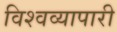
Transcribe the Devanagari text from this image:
विश्वव्यापारी